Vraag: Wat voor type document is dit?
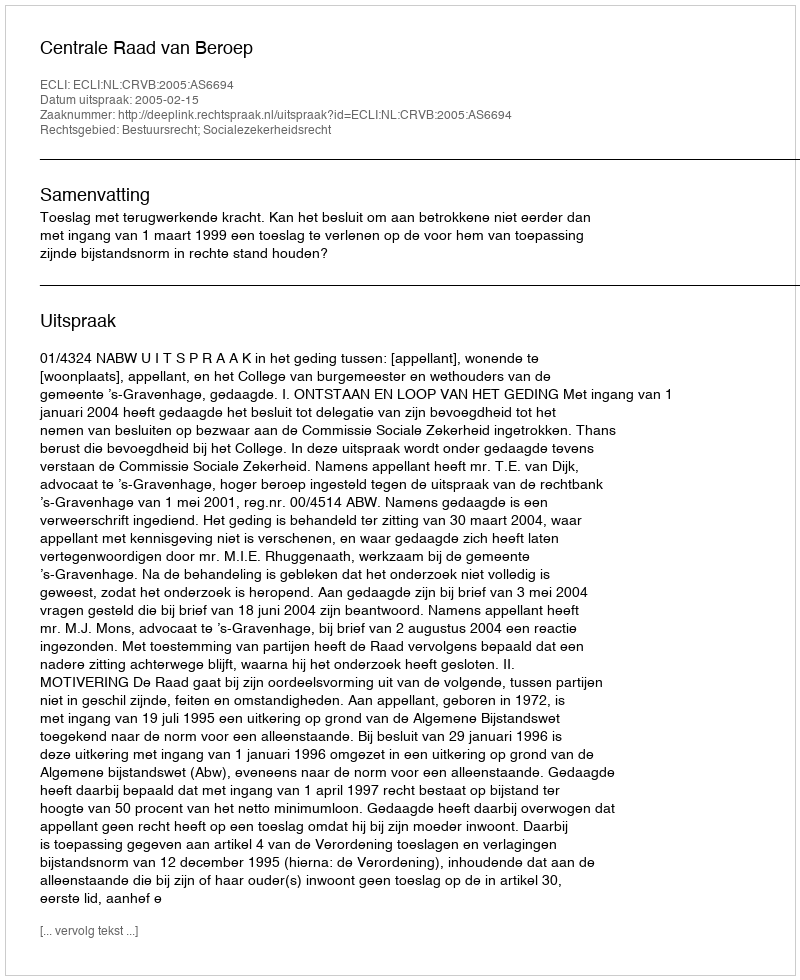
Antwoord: Uitspraak